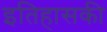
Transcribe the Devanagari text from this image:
इतिहासकी